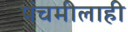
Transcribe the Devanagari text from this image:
पंचमीलाही